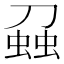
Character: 𧌣